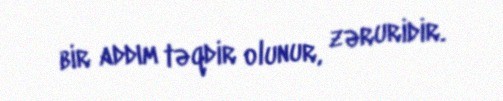
bir addım təqdir olunur, zəruridir.